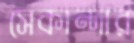
সেকান্দার